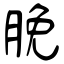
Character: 脕